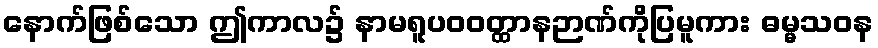
နောက်ဖြစ်သော ဤကာလ၌ နာမရူပဝဝတ္ထာနဉာဏ်ကိုပြမူကား ဓမ္မသဝန